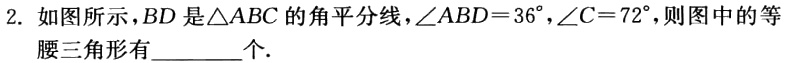
2. 如图所示，$BD$是$\triangle ABC$的角平分线，$\angle ABD = 36^{\circ}$，$\angle C = 72^{\circ}$，则图中的等腰三角形有________个.